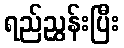
ရည်ညွှန်းပြီး